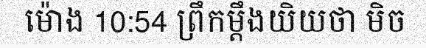
ម៉ោង 10:54 ព្រឹកម្តឹងយិយថា មិច